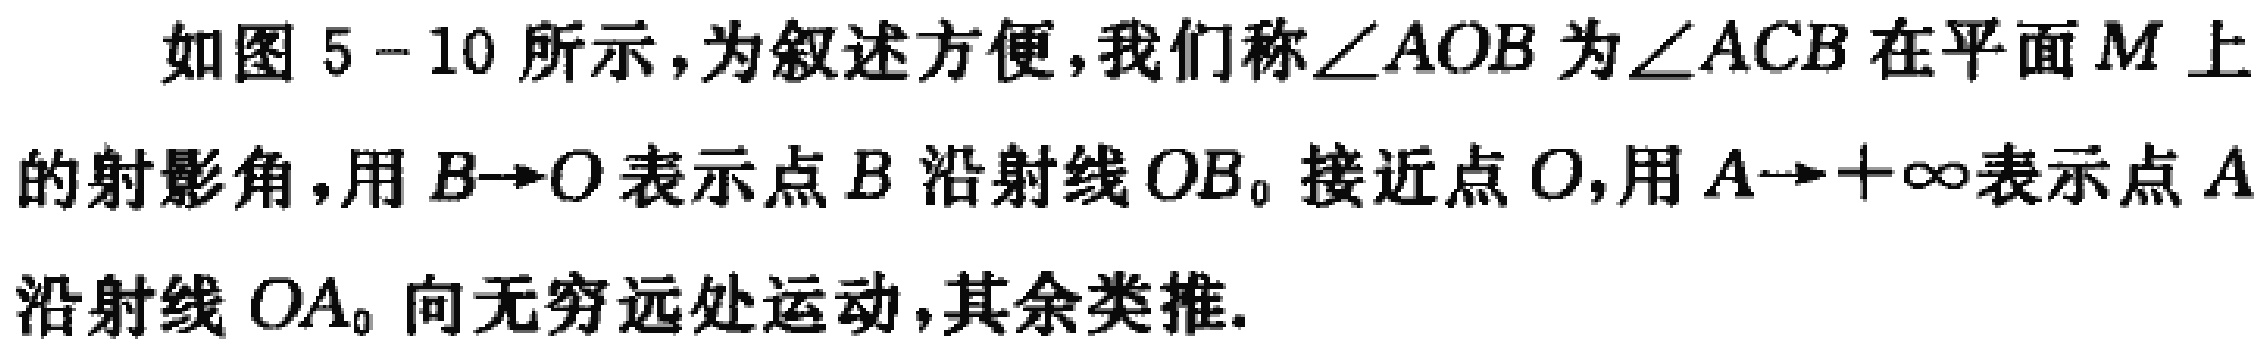
如图5 - 10所示，为叙述方便，我们称$\angle AOB$为$\angle ACB$在平面$M$上的射影角，用$B\rightarrow O$表示点$B$沿射线$OB_{0}$接近点$O$，用$A\rightarrow +\infty$表示点$A$沿射线$OA_{0}$向无穷远处运动，其余类推.